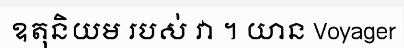
ឧតុនិយម របស់ វា ។ យាន Voyager